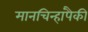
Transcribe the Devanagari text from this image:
मानचिन्हांपैकी